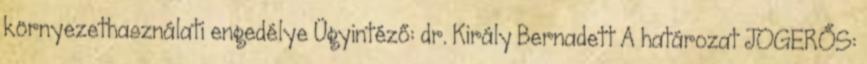
környezethasználati engedélye Ügyintéző: dr. Király Bernadett A határozat JOGERŐS: